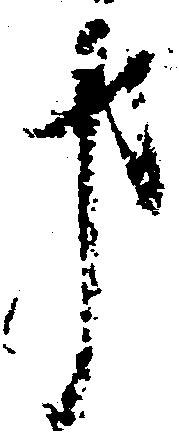
事